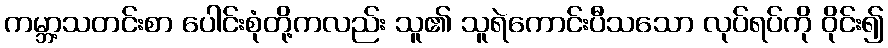
ကမ္ဘာ့သတင်းစာ ပေါင်းစုံတို့ကလည်း သူ၏ သူရဲကောင်းပီသသော လုပ်ရပ်ကို ဝိုင်း၍